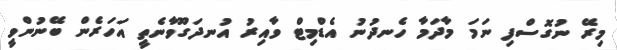
މިރޭ ނުގޮސްފި ނަމަ މާދަމާ ހެނދުނު އެޑްމިޓް ވާއިރު އުނދަގޫވާނެތީ އަހަރެން ބޭނުންވީ